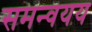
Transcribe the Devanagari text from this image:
समन्वयय